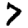
Digit: 7